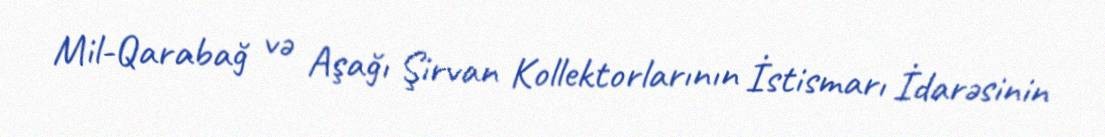
Mil-Qarabağ və Aşağı Şirvan Kollektorlarının İstismarı İdarəsinin